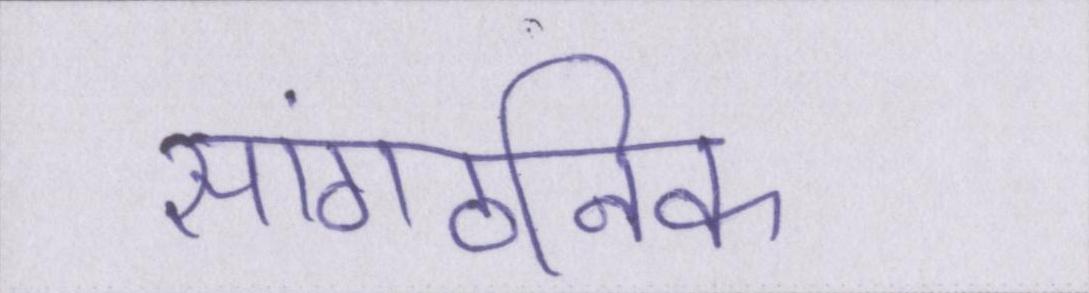
सांगठनिक